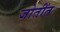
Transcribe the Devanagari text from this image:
जोतींत